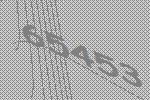
65453